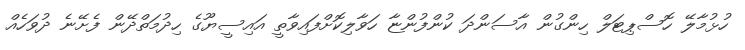
ހުޅުމާލޭ ހޮސްޕިޓަލް ހިންގުން އާސަންދަ ކުންފުންޏާ ހަވާލިކޮށްފައިވާތީ އައިސީޔޫގެ ހިދުމަތްދޭން ފެށޭނެ ދުވަހެއް